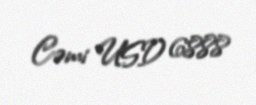
Cəmi USD 6888